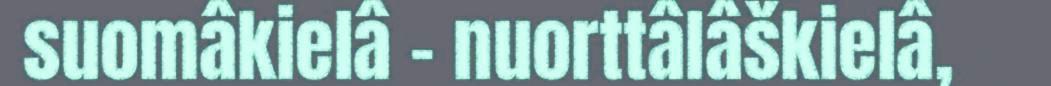
suomâkielâ - nuorttâlâškielâ,